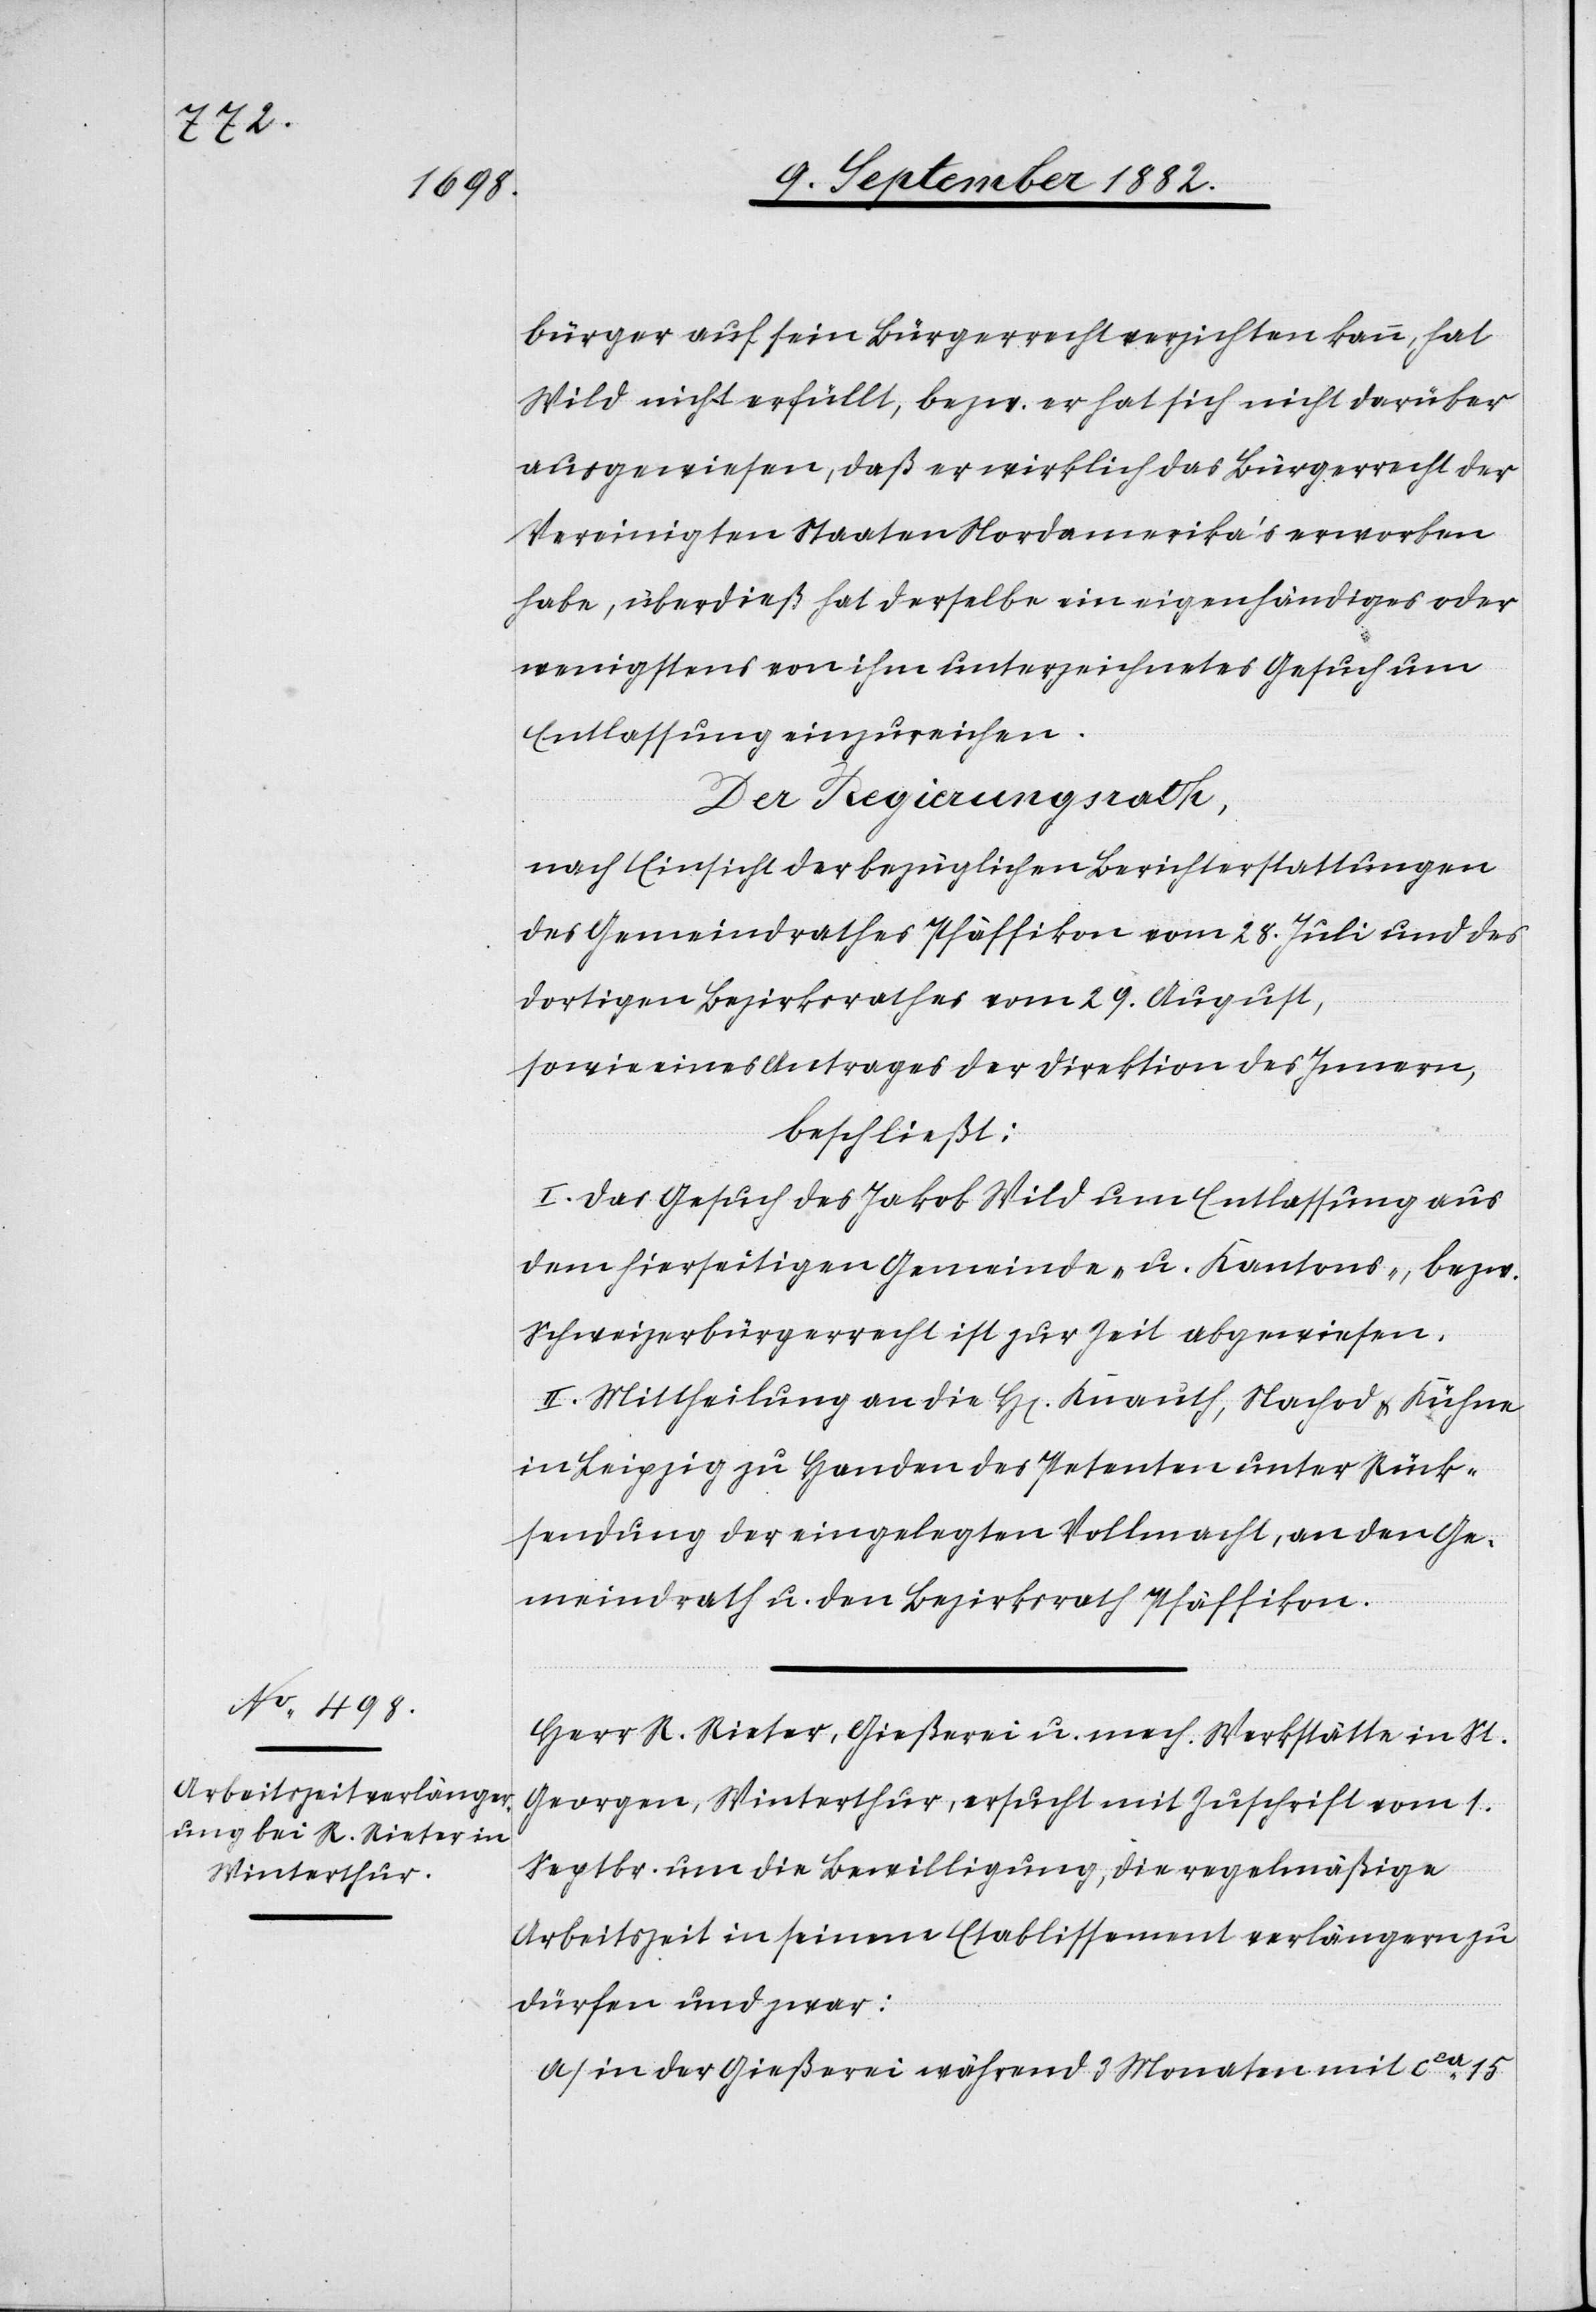
bürger auf sein Bürgerrecht verzichten kann, hat
Wild nicht erfüllt, bezw. er hat sich nicht darüber
ausgewiesen, daß er wirklich das Bürgerrecht der
Vereinigten Staaten Nordamerika’s erworben
habe, überdieß hat derselbe ein eigenhändiges oder
wenigstens von ihm unterzeichnetes Gesuch um
Entlassung einzureichen.
Der Regierungsrath,
nach Einsicht der bezüglichen Berichterstattungen
des Gemeindrathes Pfäffikon vom 28. Juli und des
dortigen Bezirksrathes vom 29. August,
sowie eines Antrages der Direktion des Innern,
beschließt:
I. Das Gesuch des Jakob Wild um Entlassung aus
dem hierseitigen Gemeinde- u. Kantons-, bezw.
Schweizerbürgerrecht ist zur Zeit abgewiesen.
II. Mittheilung an die H[en] Knauth, Nachod & Kühne
in Leipzig zu Handen des Petenten unter Rück¬
sendung der eingelegten Vollmacht, an den Ge¬
meindrath u. den Bezirksrath Pfäffikon.
Herr R. Rieter, Gießerei u. mech. Werkstätte in St.
Georgen, Winterthur, ersucht mit Zuschrift vom 1.
Septbr. um die Bewilligung, die regelmäßige
Arbeitszeit in seinem Etablissement verlängern zu
dürfen und zwar:
a) in der Gießerei während 3 Monaten mit ca